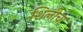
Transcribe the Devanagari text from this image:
शिलीचा